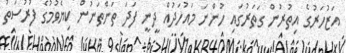
އަޒުހަރުގެ އިތުރުން ގަތަރުގައި ހުންނަ މައުހަދުއް ދީނީ ފަދަ ތަންތަނުން ކިޔެވުމުގެ ފުރުސަތު